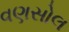
વણસોલ